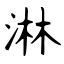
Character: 淋